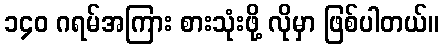
၁၄၀ ဂရမ်အကြား စားသုံးဖို့ လိုမှာ ဖြစ်ပါတယ်။